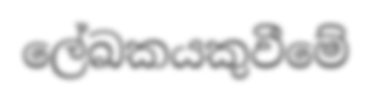
ලේඛකයකුවීමේ